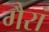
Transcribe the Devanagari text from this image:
गैरां